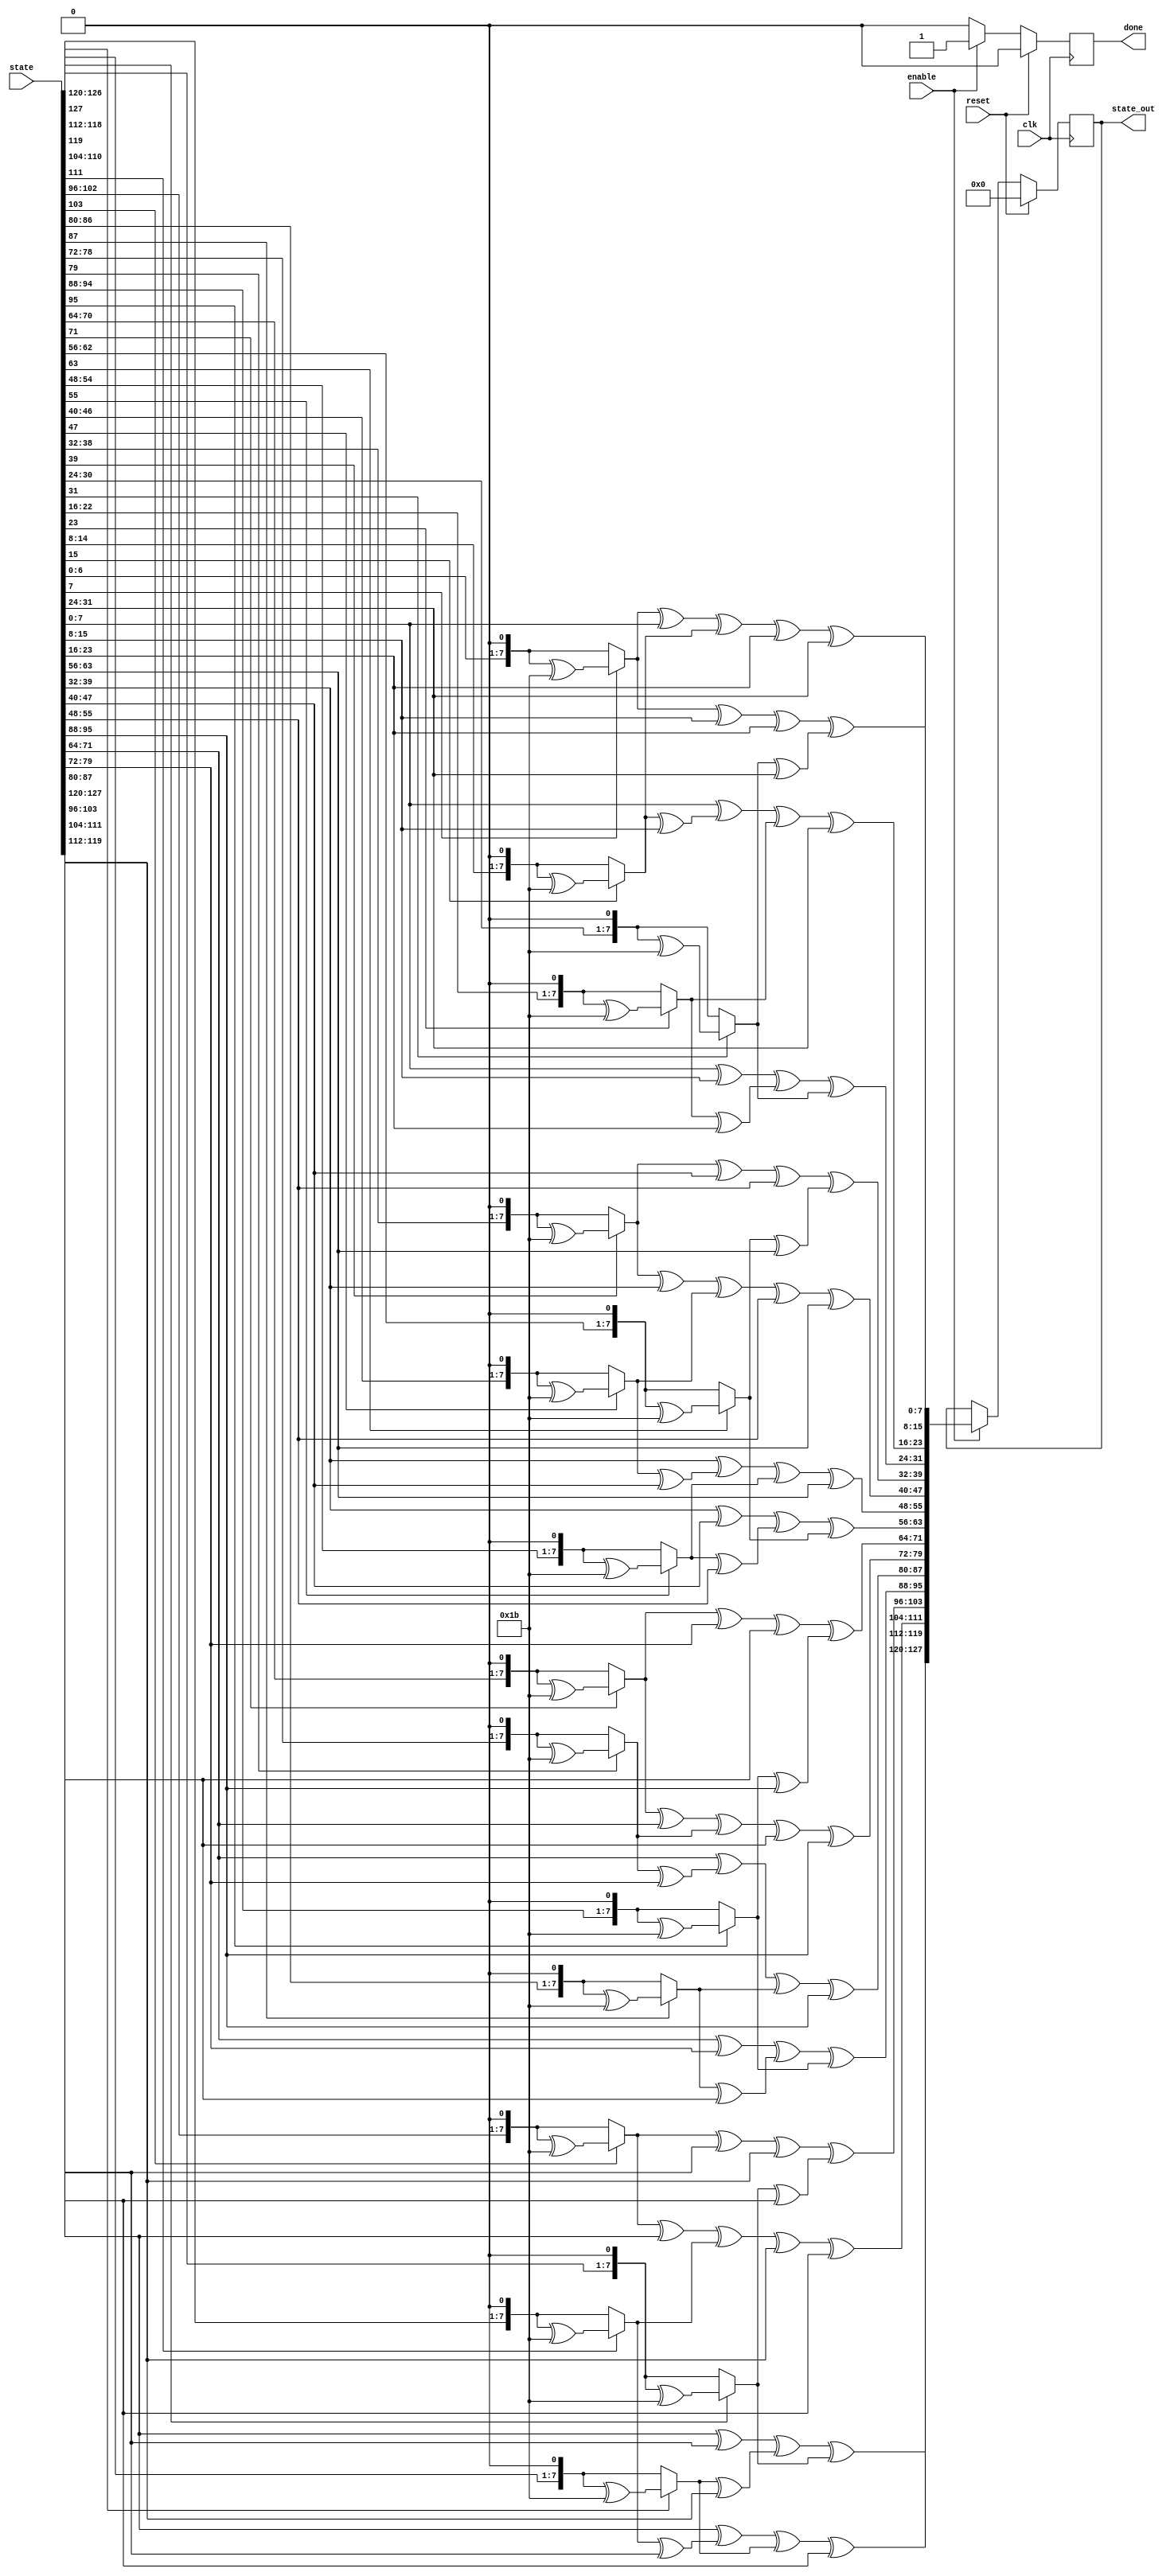
// This program was cloned from: https://github.com/ahegazy/aes
// License: MIT License

/*
*
*   Formal verification: May 2020
*
* Description: Mix columns step in AES encryption/Decryption.
* Language: Verilog
*
*/

module mixColumns(
	input wire [127:0] state,
	input  clk,enable, reset,
	output reg  [127:0]state_out,
	output reg done);

function [7:0] MultiplyByTwo;
	input [7:0] x;
	begin 
			/* multiplication by 2 is shifting on bit to the left, and if the original 8 bits had a 1 @ MSB, xor the result with 0001 1011*/
			if(x[7] == 1) MultiplyByTwo = ((x << 1) ^ 8'h1b);
			else MultiplyByTwo = x << 1; 
	end 	
endfunction

function [7:0] MultiplyByThree;
	input [7:0] x;
	begin 
			/* multiplication by 3 ,= 01 ^ 10 = (NUM * 01) XOR (NUM * 10) = (NUM) XOR (NUM Muliplication by 2) */
			MultiplyByThree = MultiplyByTwo(x) ^ x;
	end 
endfunction
 
//integer i; 

// separate combinational from sequential logic 

wire [127:0] state_out_comb;
genvar i;

generate
for(i=0;i<=3;i=i+1) begin
 /* 
 * Mix columns is a matrices muliplication: polynomial matrix state matrix .
 * for example 
 *	2	3	1 1     63 09 cd ba
 *	1	2	3 1     53 60 70 ca
 *	1	1	2 3     e0 e1 b7 d0
 * 	3	1	1 2     8c 04 51 e7
 * But the state bits as input comes serially in a reg [127:0] : 63 53 e0 8c 09 60 e1 04 cd 70 b7 51 ba ca d0 e7  
 * so instead of multiplying row * column we multiply row * row  and putting the bits in the output state in a column per iteration
 * 
 */
 
    assign state_out_comb[i*32+:8]  = MultiplyByTwo(state[(i*32)+:8])^(state[(i*32 + 8)+:8])^(state[(i*32 + 16)+:8])^MultiplyByThree(state[(i*32 + 24)+:8]);
    assign state_out_comb[(i*32 + 8)+:8] = MultiplyByThree(state[(i*32)+:8])^MultiplyByTwo(state[(i*32 + 8)+:8])^(state[(i*32 + 16)+:8])^(state[(i*32 + 24)+:8]);
    assign state_out_comb[(i*32 + 16)+:8] = (state[(i*32)+:8])^MultiplyByThree(state[(i*32 + 8)+:8])^MultiplyByTwo(state[(i*32 + 16)+:8])^(state[(i*32 + 24)+:8]);
    assign state_out_comb[(i*32 + 24)+:8]  = (state[(i*32)+:8])^(state[(i*32 + 8)+:8])^MultiplyByThree(state[(i*32 + 16)+:8])^MultiplyByTwo(state[(i*32 + 24)+:8]);
end
endgenerate

initial done <= 0;
initial state_out <= 0;

always@(posedge clk) 
begin
	if (reset)
	begin
		state_out<=128'd0;
		done <= 0;
	end 
	else if (enable)
	begin 
        state_out <= state_out_comb;
        done <= 1;
	end else done <= 0;
end


`ifdef FORMAL

    reg f_past_valid; // to know if the $past value is valid to process
    initial f_past_valid = 0;

    initial assume(reset);


    always @(posedge clk)
        f_past_valid = 1;

    // sync reset
    // the design starts at reset state so if no f_past_valid it should be on reset
    // if the past cycle had reset then it should be in reset state
    always @(posedge clk)
        if(!f_past_valid || $past(reset))
        begin
            assert(state_out == 128'd0);
            assert(done == 1'b0);
        end


    // sync enable

    // if enable is valid 
    // assume stable input key == $past(key)
    always @(posedge clk)
        if(enable || $past(enable))
            assume($stable(state));
        
    

    /* Calculating mix columns f_state_out using matrix multiplication */
    
    reg [127:0] f_state_out; //formal calculated state output


    task finite_multiplication;
        input [7:0] A ;
        input [7:0] B ;
        output[14:0] AB ;
        reg [14:0] temp [7:0] ;
        integer i;
    begin 
        for(i=0; i<=7; i=i+1)
        begin
            if (A[i]==1)
            temp[i]=B*(2**i);
            else 
            temp[i]=8'd0;
        end

        AB=temp[0]^temp[1]^temp[2]^temp[3]^temp[4]^temp[5]^temp[6]^temp[7];
    end
    endtask


    task Mod;
        input  [14:0]x;
        output [7:0] y;

        reg    [8:0] con;
        reg    [14:0] z;
        integer i;
     
    begin
        con = 9'd283;
        z = x;
        for (i=14; i>=8; i =i-1)
            if (z > 8'd255)
            begin
                if(z[i] == 1)
                    z[i -: 9] = z[i -: 9] ^ con[8:0];
                    //$display("z = %b",z[14:0]);
                 end
            else begin
                y =z;
            end
            y = z;
        end

    endtask


    function [127:0] mix_columns (input [127:0] state);
        integer i,j,ij,k;
        reg [7:0] state_2d [0:3] [0:3];
        reg [7:0] mix_out_2d [0:3] [0:3];
        reg [14:0] tmp_mult,tmp_mod;
        reg [127:0] state_out;

    	reg [7:0] polymat [0:3] [0:3];
		
        polymat[0][0]=8'd2;
        polymat[0][1]=8'd3;
        polymat[0][2]=8'd1;
        polymat[0][3]=8'd1;
        polymat[1][0]=8'd1;
        polymat[1][1]=8'd2;
        polymat[1][2]=8'd3;
        polymat[1][3]=8'd1;
        polymat[2][0]=8'd1;
        polymat[2][1]=8'd1;
        polymat[2][2]=8'd2;
        polymat[2][3]=8'd3;
        polymat[3][0]=8'd3;
        polymat[3][1]=8'd1;
        polymat[3][2]=8'd1;
        polymat[3][3]=8'd2;
        
        tmp_mod = 15'h0;
        
        for ( i=0; i<=3; i=i+1)
            for ( j=0; j<=3; j=j+1)
                begin
                ij=15-(i*4+j);
                state_2d[j][i]=state[ij*8  +: 8];
            end	

        for (i=0;i<=3;i++)
            for(j=0;j<=3;j++)
            begin 
                    tmp_mod=15'd0;
                    /* scalar multiplication of two matrices */
                    for (k=0;k<=3;k++)
                    begin 
                            finite_multiplication(state_2d[k][j],polymat[i][k],tmp_mult);
                            tmp_mod = tmp_mod ^ tmp_mult;
                            Mod(tmp_mod,mix_out_2d[i][j]);
                    end
                        //	$display("ij:%d,%d ,state: %x ",i,j,mix_out_2d[i][j]);
            end

            //2D to 1D

        for ( i=0; i<=3; i=i+1) 
            for ( j=0; j<=3; j=j+1)
                begin
                    ij=15-(i*4+j);
                    state_out[ij*8  +:  8]=mix_out_2d[j][i];
                    end	
        
        mix_columns = state_out;
endfunction

    always @(*)
        f_state_out = mix_columns(state);
    

    /* assert both are equal */
    always @(posedge clk)
        if(done)
            assert(state_out == f_state_out);

`endif

endmodule